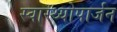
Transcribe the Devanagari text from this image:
स्वास्थ्योपार्जन